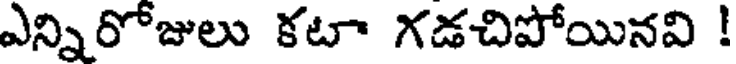
ఎన్నిరోజులు కటా గడచిపోయినవి !